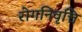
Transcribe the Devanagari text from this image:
रोगनिवृत्ति